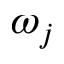
\omega _ { j }